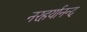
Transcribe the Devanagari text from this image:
नरहर्यानन्द